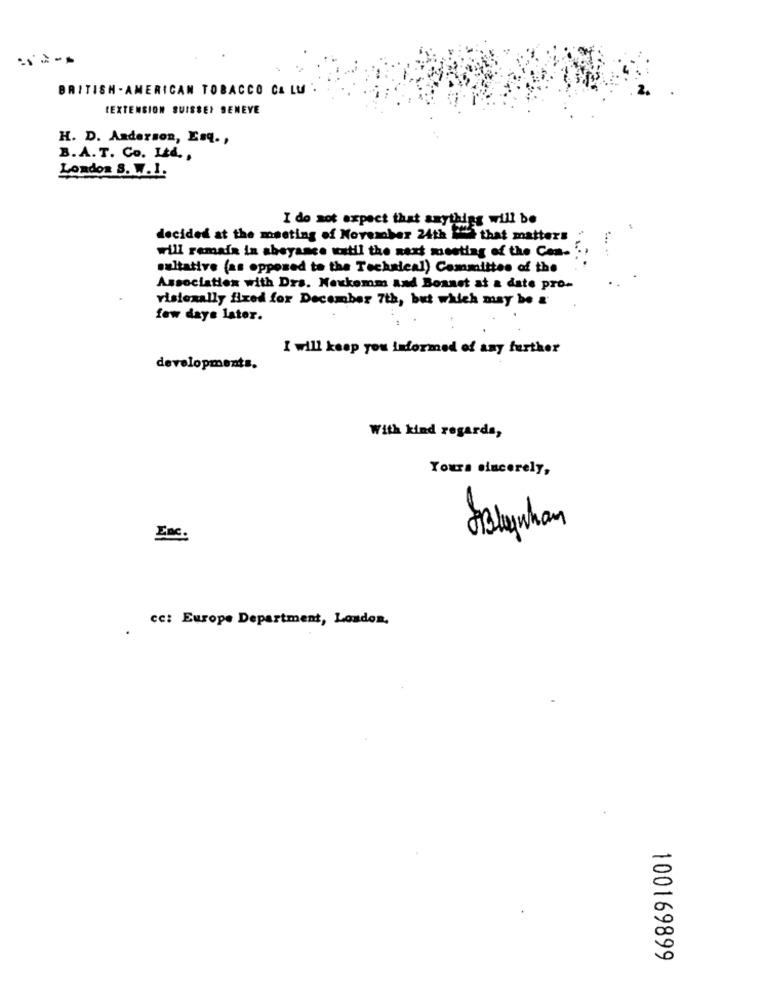
BRITISH - AMERICAN TOBACCO CA LU
CEXTENSION SUISSEI SENEYE
H. D. Anderson, Esq .,
B.A.T. Co. Ltd. ,
London S. W.I.
I do not expect that anything will be
decided at the meeting of November 24th ' that matters
will remain in abeyance watil the next meeting of the Con-
sultative (as opposed to the Technical) Committee of the
Association with Drs. Nexkemm and Bonnet at a date pro-
risiexally fixed for December 7th, but which may be a
few days later.
I will keep you informed of any further
developments.
With kind regards,
Yours sincerely,
ABlynhan
Inc.
cc: Europe Department, London.
100169899